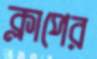
ক্লাপের